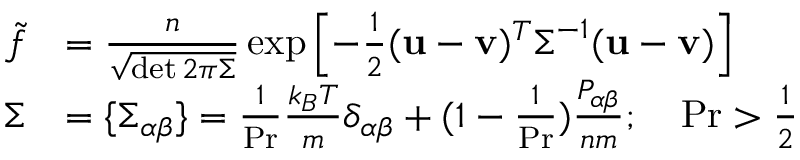
\begin{array} { r l } { \Tilde { f } } & { = \frac { n } { \sqrt { \operatorname* { d e t } 2 \pi \boldsymbol { \Sigma } } } \exp \left[ - \frac { 1 } { 2 } ( \mathbf { u } - \mathbf { v } ) ^ { T } \boldsymbol { \Sigma } ^ { - 1 } ( \mathbf { u } - \mathbf { v } ) \right] } \\ { \boldsymbol { \Sigma } } & { = \{ \Sigma _ { \alpha \beta } \} = \frac { 1 } { \operatorname* { P r } } \frac { k _ { B } T } { m } \delta _ { \alpha \beta } + ( 1 - \frac { 1 } { \operatorname* { P r } } ) \frac { P _ { \alpha \beta } } { n m } ; \quad \operatorname* { P r } > \frac { 1 } { 2 } } \end{array}